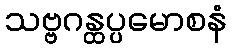
သဗ္ဗဂန္ထပ္ပမောစနံ